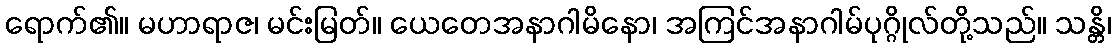
ရောက်၏။ မဟာရာဇ၊ မင်းမြတ်။ ယေတေအနာဂါမိနော၊ အကြင်အနာဂါမ်ပုဂ္ဂိုလ်တို့သည်။ သန္တိ၊